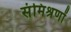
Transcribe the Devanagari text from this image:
संमिश्रणों